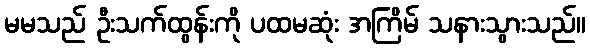
မမသည် ဦးသက်ထွန်းကို ပထမဆုံး အကြိမ် သနားသွားသည်။